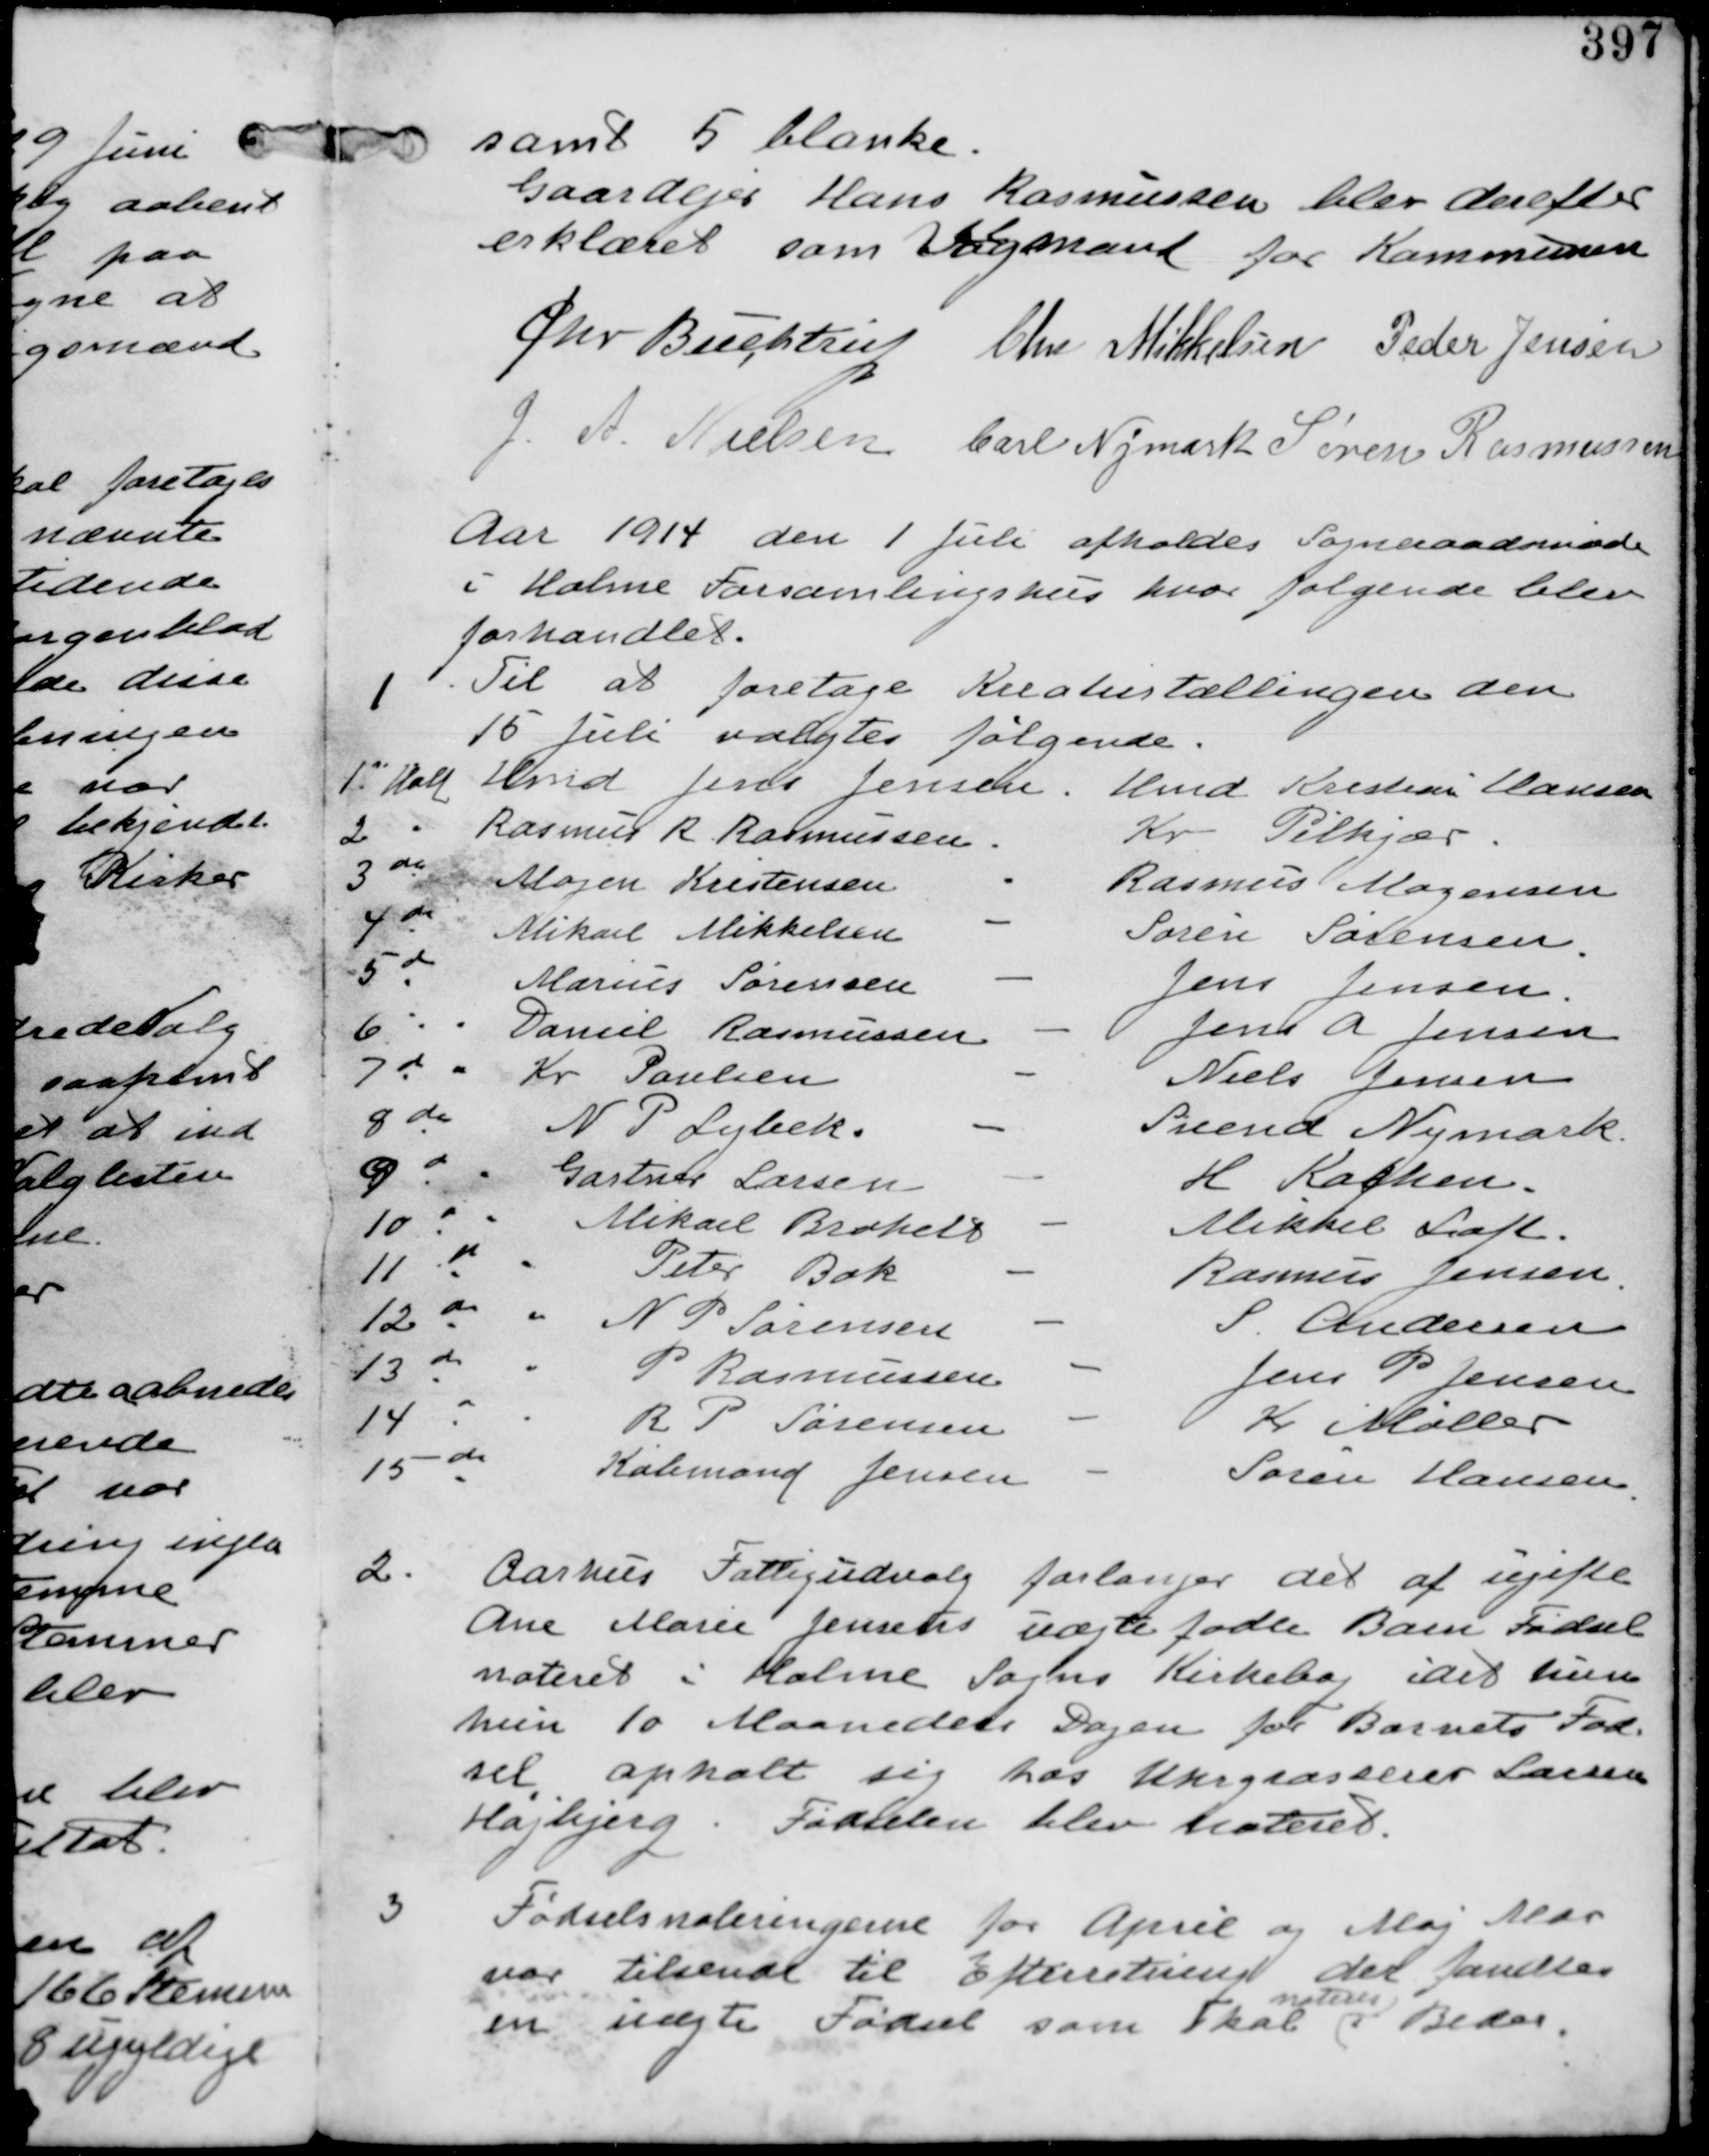
Transskription:
samt 5 blanke.
Gaardejer Hans Rasmussen blev derefter
erklæret som Valgmand for Kommunen

Chr Buchtrup Chr Mikkelsen Peder Jensen
G. A Nielsen Carl Nymark Søren Rasmussen

Aar 1914 den 1 Juli afholdes Sogneraadsmøde
i Holme Forsamlingshus hvor følgende blev
forhandlet.

1
Til at foretage Kreaturtællingen den
15 Juli valgtes følgende

1 Hold Hmd Jens Jensen. Hmd Kresten Hansen
2 do Rasmus R Rasmussen. Kr Pilkjær
3 do Mogens Kristensen - Rasmus Mogensen
4 do Mikkel Mikkelsen - Søren Sørensen
5 do Marius Sørensen - Jens Jensen
6 do Daniel Jensen - Jens A Jensen
7 do Kr Paulsen - Niels Jensen
8 do N P Lybek - Svend Nymark
9 do Gartner Larsen - H Kaghen
10 do Mikael Brohelt - Mikkel Loft
11 do Peter Bak - Rasmus Jensen
12 do N P Sørensen - S Andersen
13 do P Rasmussen - Jens P Jensen
14 do R P Sørensen - Kr Møller
15 do Købmand Jensen - Søren Hansen

2. Aarhus Fattigudvalg forlanger det af ugifte
Ane Marie Jensens uægte fødte Barn Fødsel
noteret i Holme Sogns Kirkebog idet hun
hun 10 Maaneders Dagen for Barnets Fød-
sel opholt sig hos Uhrgrosserer Larsen
Højbjerb. Fødslen blev Noteret.

3
Fødselsnoteringerne for April og Maj Mdr
var tilsendt til Efterretning der fandtes
en uægte Fødsel som skal
noteres
i Beder.